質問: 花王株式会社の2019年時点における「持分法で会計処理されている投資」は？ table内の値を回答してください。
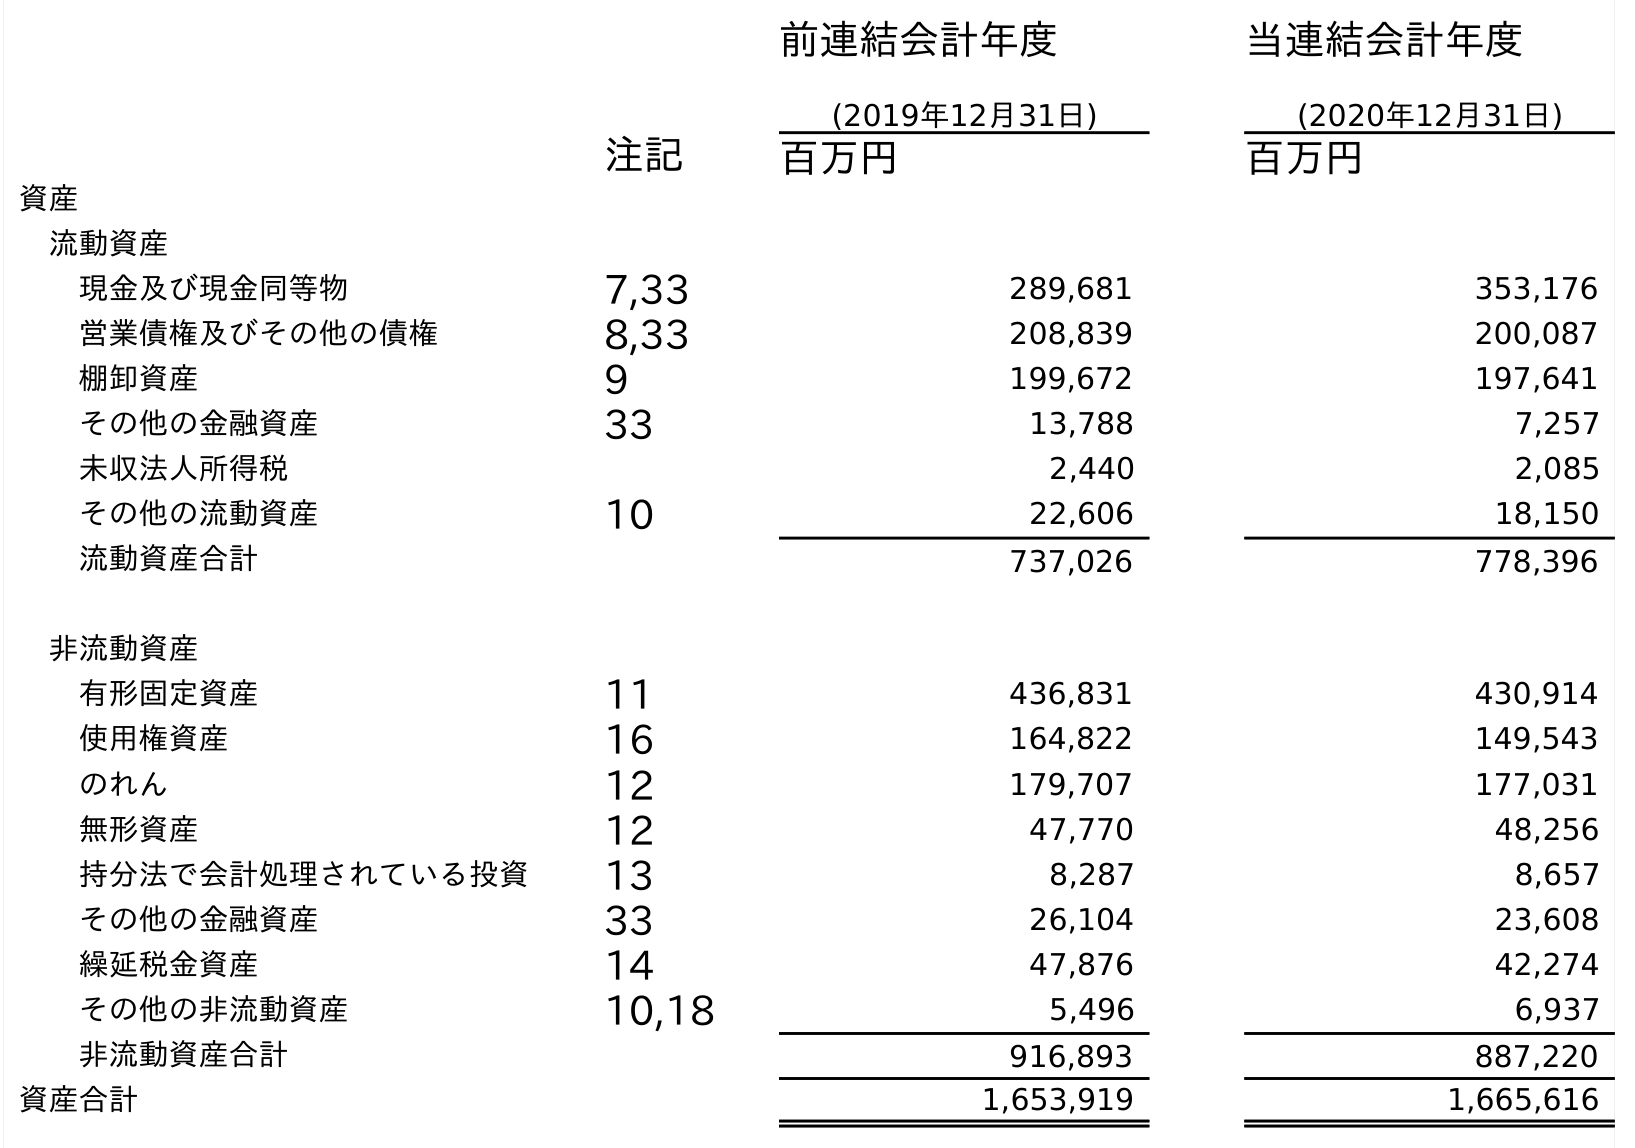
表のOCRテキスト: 前連結会計年度 (2019年12月31日) 当連結会計年度 (2020年12月31日) 注記 百万円 百万円 資産 流動資産 現金及び現金同等物 7,33 289,681 353,176 営業債権及びその他の債権 8,33 208,839 200,087 棚卸資産 9 199,672 197,641 その他の金融資産 33 13,788 7,257 未収法人所得税 2,440 2,085 その他の流動資産 10 22,606 18,150 流動資産合計 737,026 778,396 非流動資産 有形固定資産 11 436,831 430,914 使用権資産 16 164,822 149,543 のれん 12 179,707 177,031 無形資産 12 47,770 48,256 持分法で会計処理されている投資 13 8,287 8,657 その他の金融資産 33 26,104 23,608 繰延税金資産 14 47,876 42,274 その他の非流動資産 10,18 5,496 6,937 非流動資産合計 916,893 887,220 資産合計 1,653,919 1,665,616
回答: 8,287